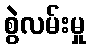
စွဲလမ်းမှု